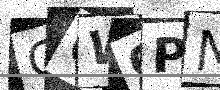
Text: Q6WQPN